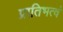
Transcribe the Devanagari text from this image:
प्रातिभत्वं